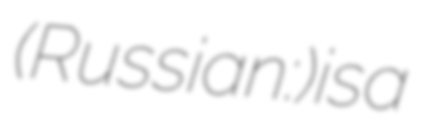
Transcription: (Russian: Казарино) is a